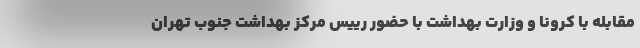
مقابله با کرونا و وزارت بهداشت با حضور رییس مرکز بهداشت جنوب تهران